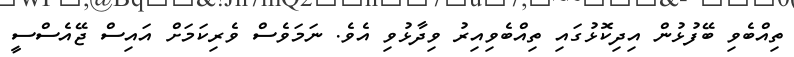
ތިއްބެވި ބޭފުޅުން އިދިކޮޅުގައި ތިއްބެވިއިރު ވިދާޅުވި އެވެ. ނަމަވެސް ވެރިކަމަށް އައިސް ޖޭއެސްސީ